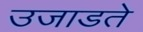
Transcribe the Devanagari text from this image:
उजाडते